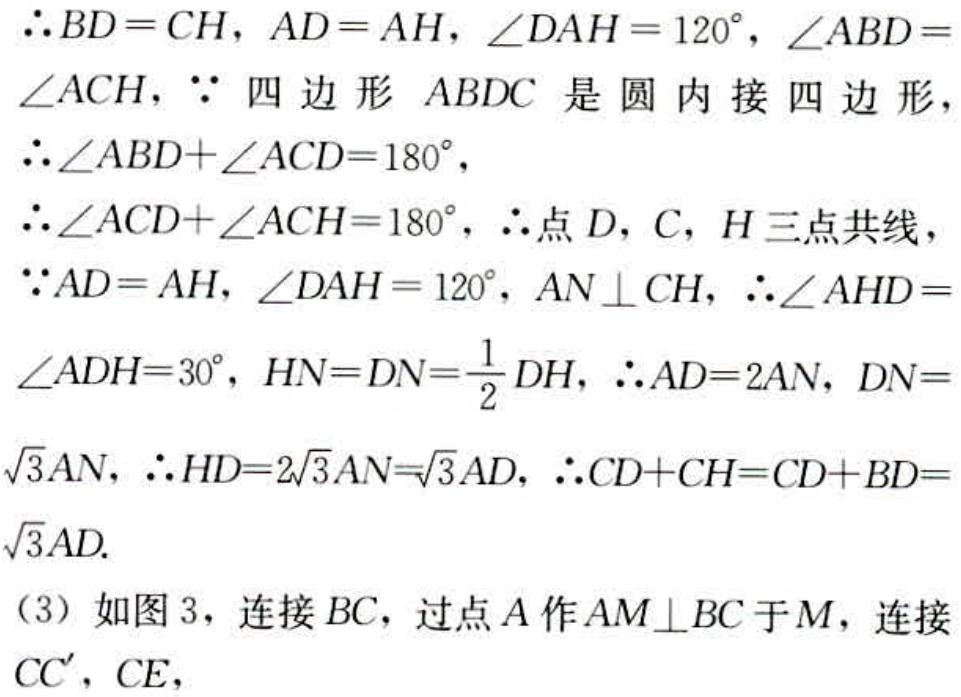
$\therefore BD = CH,\ AD = AH,\ \angle DAH = 120^{\circ},\ \angle ABD = \angle ACH,\ \because$ 四边形 $ABDC$ 是圆内接四边形,
$\therefore \angle ABD+\angle ACD = 180^{\circ},$
$\therefore \angle ACD+\angle ACH = 180^{\circ},\ \therefore$ 点 $D,C,H$ 三点共线,
$\because AD = AH,\ \angle DAH = 120^{\circ},\ AN\perp CH,\ \therefore \angle AHD = \angle ADH = 30^{\circ},\ HN = DN=\frac{1}{2}DH,\ \therefore AD = 2AN,\ DN = \sqrt{3}AN,\ \therefore HD = 2\sqrt{3}AN=\sqrt{3}AD,\ \therefore CD + CH = CD + BD = \sqrt{3}AD.$
(3) 如图 3, 连接 $BC$, 过点 $A$ 作 $AM\perp BC$ 于 $M$, 连接 $CC^{\prime},CE,$